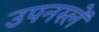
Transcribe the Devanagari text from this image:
उपनस्लें